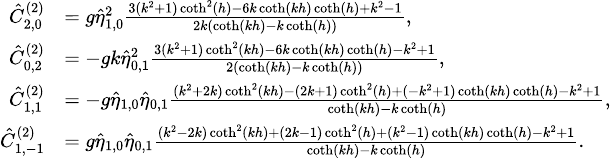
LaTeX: {\scriptsize\begin{array}{rl}{\hat{C}_{2,0}^{(2)}}&{=g\hat{\eta}_{1,0}^{2}\frac{3(k^{2}+1)\coth^{2}(h)-6k\coth(kh)\coth(h)+k^{2}-1}{2k(\coth(kh)-k\coth(h))},}\\ {\hat{C}_{0,2}^{(2)}}&{=-gk\hat{\eta}_{0,1}^{2}\frac{3(k^{2}+1)\coth^{2}(kh)-6k\coth(kh)\coth(h)-k^{2}+1}{2(\coth(kh)-k\coth(h))},}\\ {\hat{C}_{1,1}^{(2)}}&{=-g\hat{\eta}_{1,0}\hat{\eta}_{0,1}\frac{(k^{2}+2k)\coth^{2}(kh)-(2k+1)\coth^{2}(h)+(-k^{2}+1)\coth(kh)\coth(h)-k^{2}+1}{\coth(kh)-k\coth(h)},}\\ {\hat{C}_{1,-1}^{(2)}}&{=g\hat{\eta}_{1,0}\hat{\eta}_{0,1}\frac{(k^{2}-2k)\coth^{2}(kh)+(2k-1)\coth^{2}(h)+(k^{2}-1)\coth(kh)\coth(h)-k^{2}+1}{\coth(kh)-k\coth(h)}.}\end{array}}